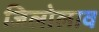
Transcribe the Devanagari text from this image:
जिलोलाव